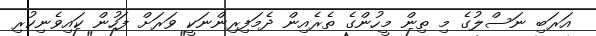
އަރަބި ނަސްލުގެ މި ތިން މީހުންގެ ތެރެއިން ދެމަފިރިންނަކީ ވަރަށް ފަހުން ކައިވެނިކުރި